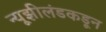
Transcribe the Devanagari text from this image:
न्यूझीलंडकडून